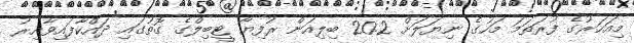
މިއަހަރުގެ ފުރަތަމަ މަހުގެ ނިޔަލަށް 20.2 ބިލިއަން ރުފިޔާ ޓީބިލްގެ ގޮތުގައި ދައްކާފައިވާއިރު